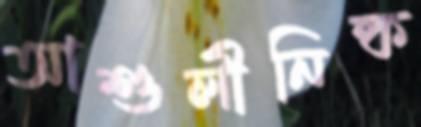
আশুলীনিষ্ক